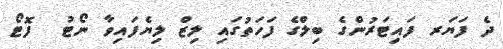
ދެ ފަޔަރ ފައިޓަރުންގެ ބިލްގެ ފަހަތުގައި ލިޒް ލިޔެފައިވާ ނޯޓު  ފޮޓޯ